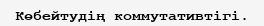
Көбейтудің коммутативтігі.